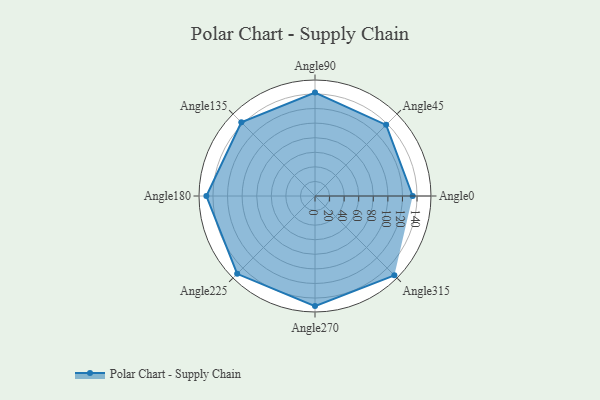
{"axis": {"x": "Angle", "y": "Radius"}, "legend": [""], "data": [{"x": "Angle0", "y": 134.0, "type": ""}, {"x": "Angle45", "y": 138.0, "type": ""}, {"x": "Angle90", "y": 142.0, "type": ""}, {"x": "Angle135", "y": 143.0, "type": ""}, {"x": "Angle180", "y": 149.0, "type": ""}, {"x": "Angle225", "y": 151.0, "type": ""}, {"x": "Angle270", "y": 151.0, "type": ""}, {"x": "Angle315", "y": 154.0, "type": ""}]}